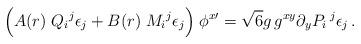
LaTeX: \begin{align*}\Big( A(r) \; {Q_i}^j \epsilon_j + B(r) \; {M_i}^j \epsilon_j \Big)\; \phi^{x \prime} = \sqrt{6} g \, g^{xy}\partial_{y} P_i\,^j \epsilon_j\,.\end{align*}